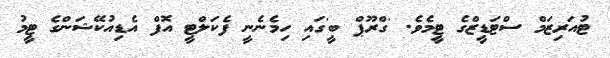
ޓުއަރިޒަމް ސްޓަޑީޒްގެ ޓީމެވެ. 'ގްރޫޕް ބީ'ގައި ހިމެނެނީ ފެކަލްޓީ އޮފް އެޑިއުކޭޝަންގެ ޓީމު